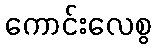
ကောင်းလေစွ